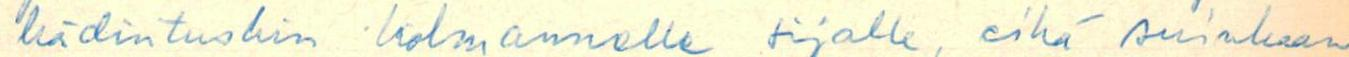
hädin tuskin kolmannelle sijalle, eikä suinkaan